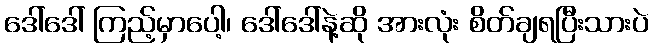
ဒေါ်ဒေါ် ကြည့်မှာပေါ့၊ ဒေါ်ဒေါ်နဲ့ဆို အားလုံး စိတ်ချရပြီးသားပဲ